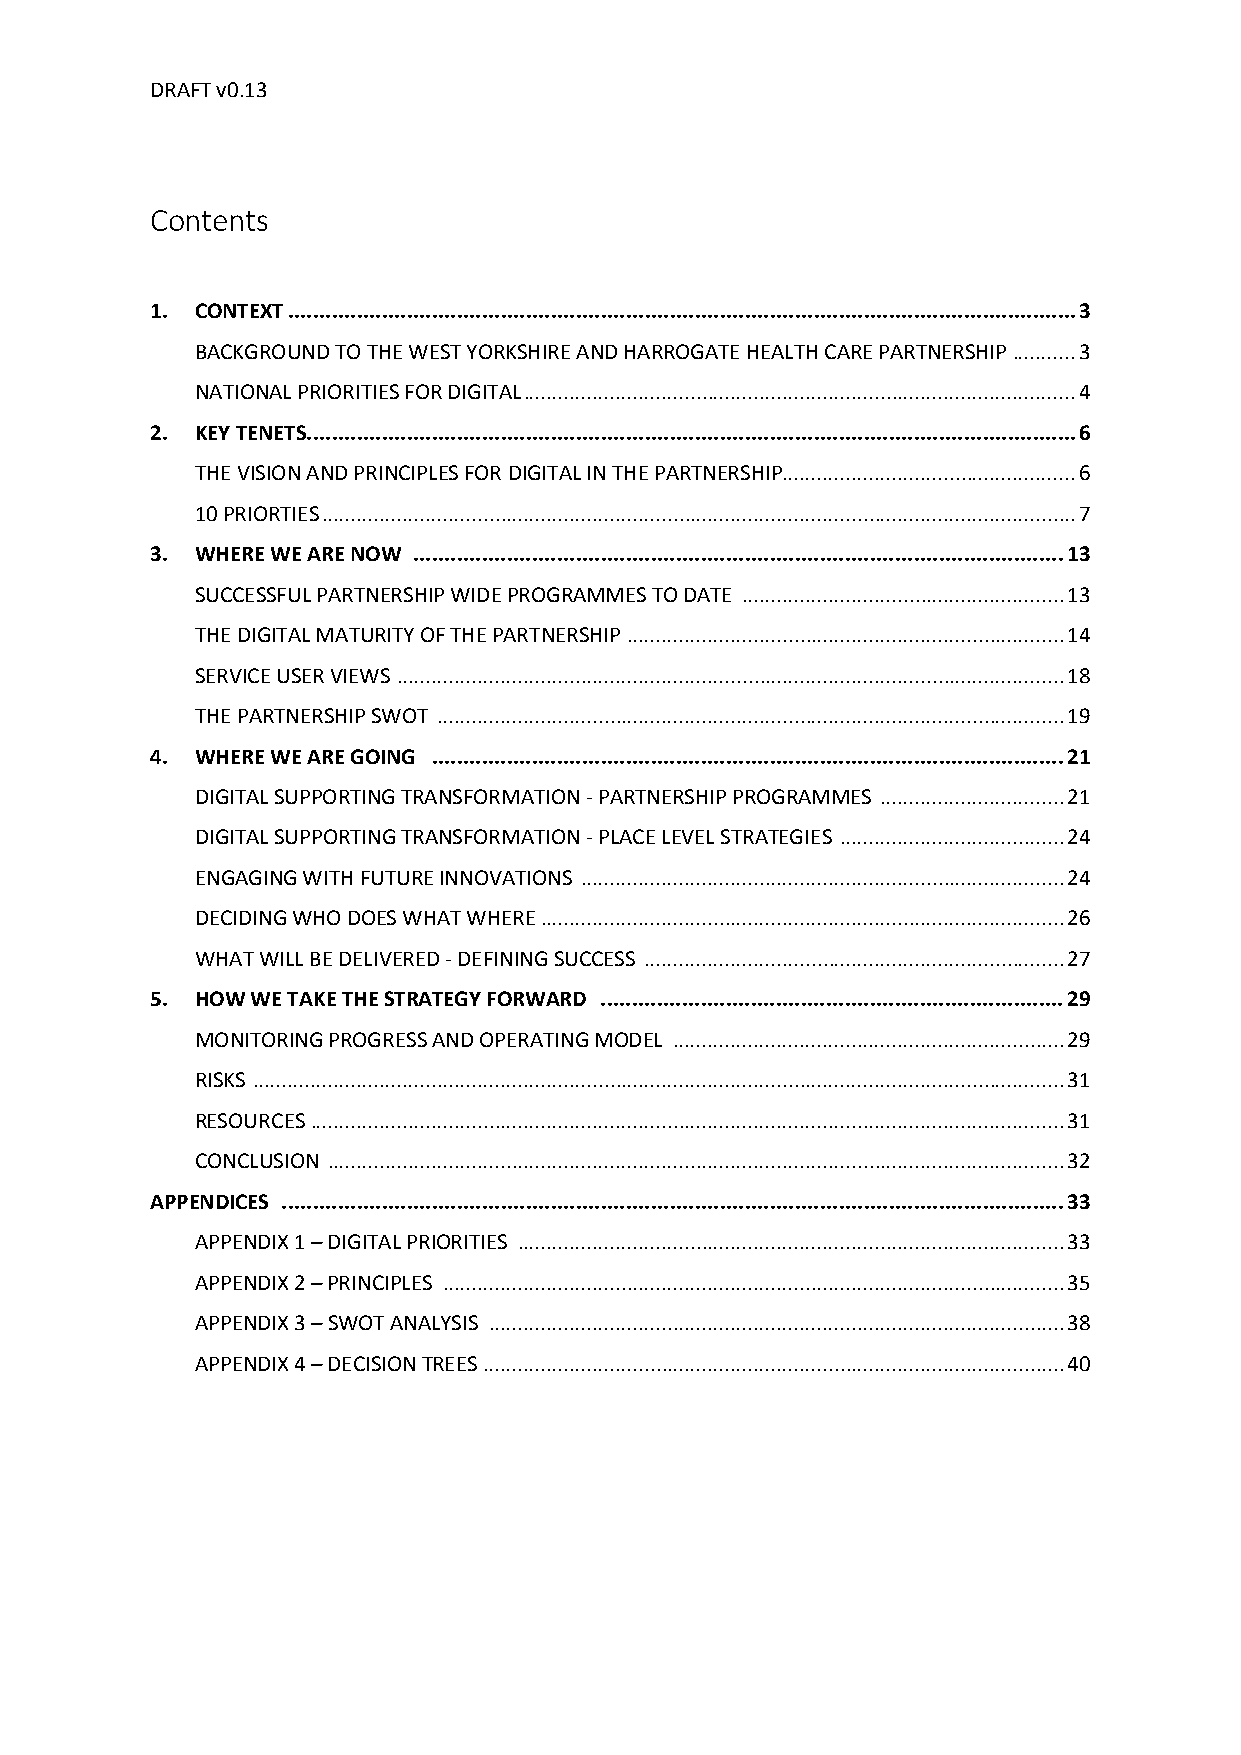
DRAFT v0.13
 Contents
 1. CONTEXT .............................................................................................................................. 3
 BACKGROUND TO THE WEST YORKSHIRE AND HARROGATE HEALTH CARE PARTNERSHIP ........... 3
 NATIONAL PRIORITIES FOR DIGITAL ................................................................................................ 4
 2. KEY TENETS ........................................................................................................................... 6
 THE VISION AND PRINCIPLES FOR DIGITAL IN THE PARTNERSHIP................................................... 6
 10 PRIORTIES ................................................................................................................................... 7
 3. WHERE WE ARE NOW ........................................................................................................ 13
 SUCCESSFUL PARTNERSHIP WIDE PROGRAMMES TO DATE ........................................................ 13
 THE DIGITAL MATURITY OF THE PARTNERSHIP ............................................................................ 14
 SERVICE USER VIEWS .................................................................................................................... 18
 THE PARTNERSHIP SWOT ............................................................................................................. 19
 4. WHERE WE ARE GOING ..................................................................................................... 21
 DIGITAL SUPPORTING TRANSFORMATION - PARTNERSHIP PROGRAMMES ................................ 21
 DIGITAL SUPPORTING TRANSFORMATION - PLACE LEVEL STRATEGIES ....................................... 24
 ENGAGING WITH FUTURE INNOVATIONS .................................................................................... 24
 DECIDING WHO DOES WHAT WHERE ........................................................................................... 26
 WHAT WILL BE DELIVERED - DEFINING SUCCESS ......................................................................... 27
 5. HOW WE TAKE THE STRATEGY FORWARD .......................................................................... 29
 MONITORING PROGRESS AND OPERATING MODEL .................................................................... 29
 RISKS ............................................................................................................................................. 31
 RESOURCES ................................................................................................................................... 31
 CONCLUSION ................................................................................................................................ 32
 APPENDICES ............................................................................................................................. 33
 APPENDIX 1 – DIGITAL PRIORITIES ............................................................................................... 33
 APPENDIX 2 – PRINCIPLES ............................................................................................................ 35
 APPENDIX 3 – SWOT ANALYSIS .................................................................................................... 38
 APPENDIX 4 – DECISION TREES ..................................................................................................... 40